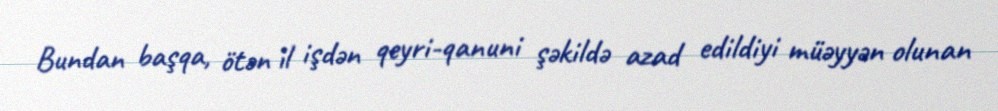
Bundan başqa, ötən il işdən qeyri-qanuni şəkildə azad edildiyi müəyyən olunan